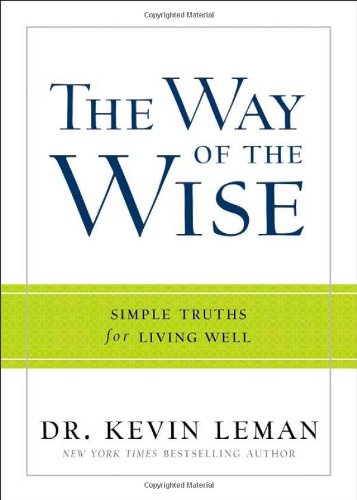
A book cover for The Way of the Wise: Simple Truths for Living Well; Dr. Kevin Leman; Christian Books & Bibles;